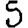
Digit: 5